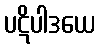
ပဋိပါဒယေ